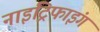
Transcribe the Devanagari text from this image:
नाइट्रिफाइंग